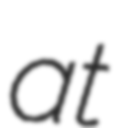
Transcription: at